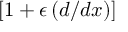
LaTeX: [ 1 + \epsilon \, ( d / d x ) ]